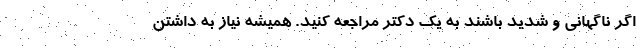
اگر ناگهانی و شدید باشند به یک دکتر مراجعه کنید. همیشه نیاز به داشتن